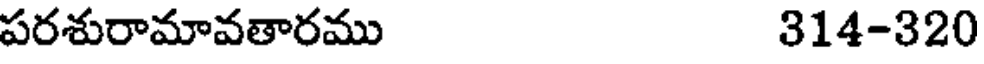
పరశురామావతారము 314-320